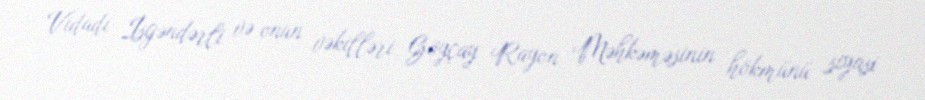
Vidadi İsgəndərli və onun vəkilləri Göyçay Rayon Məhkəməsinin hökmünü siyasi